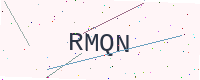
Text: RMQN